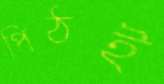
পিঠই